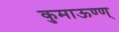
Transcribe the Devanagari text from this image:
कुमाऊण्ण्